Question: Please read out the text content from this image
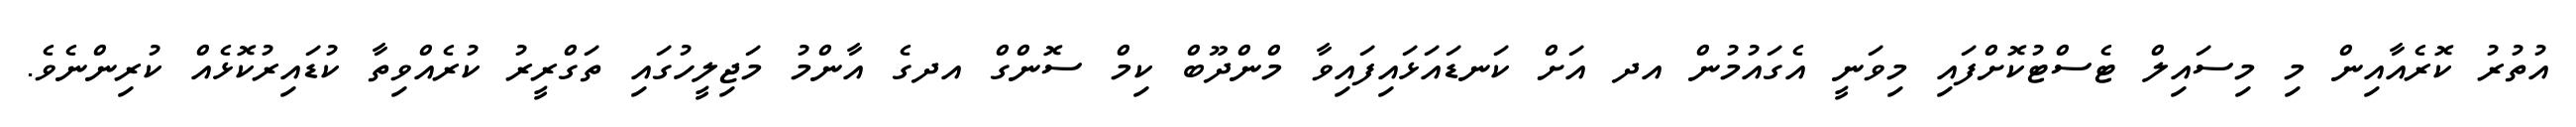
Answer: އުތުރު ކޮރެއާއިން މި މިސައިލް ޓެސްޓުކޮށްފައި މިވަނީ އެގައުމުން އދ އަށް ކަނޑައަޅައިފައިވާ މްންދޫބް ކިމް ސޮންގް އދގެ އާންމު މަޖިލީހުގައި ތަގްރީރު ކުރެއްވިތާ ކުޑައިރުކޮޅެއް ކުރިންނެވެ.